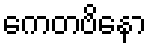
ကေတဗိနော